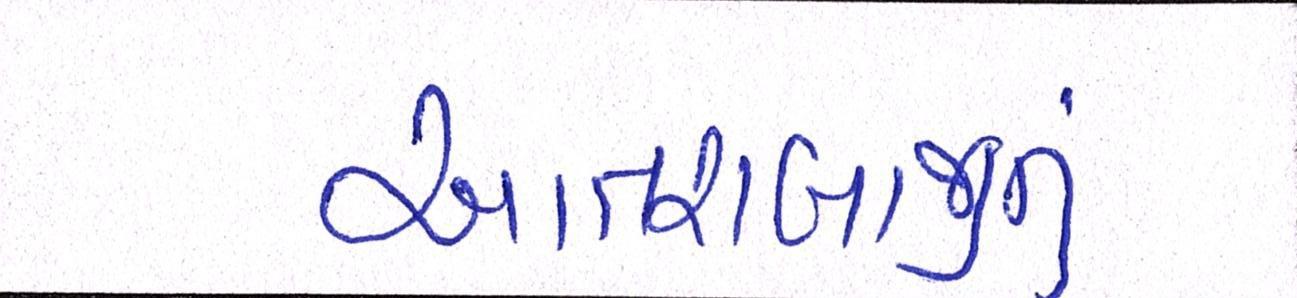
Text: આતશબાજીનું